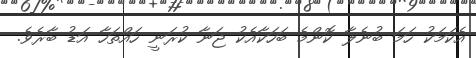
އެކަމަކު ހަމަ ބުނެލާ ކޮންމެ ބަހަކާއެކު ޖަނާ ކުރަނީ ހައްތަހާ އަޑު ބާރެވެ.